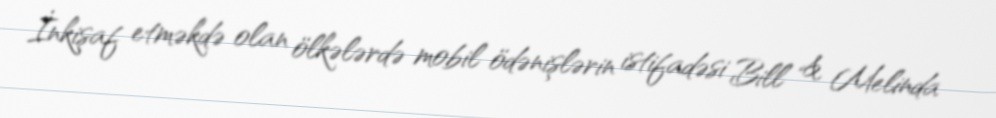
İnkişaf etməkdə olan ölkələrdə mobil ödənişlərin istifadəsi Bill & Melinda